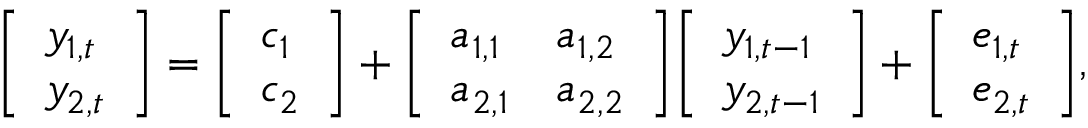
{ \left[ \begin{array} { l } { y _ { 1 , t } } \\ { y _ { 2 , t } } \end{array} \right] } = { \left[ \begin{array} { l } { c _ { 1 } } \\ { c _ { 2 } } \end{array} \right] } + { \left[ \begin{array} { l l } { a _ { 1 , 1 } } & { a _ { 1 , 2 } } \\ { a _ { 2 , 1 } } & { a _ { 2 , 2 } } \end{array} \right] } { \left[ \begin{array} { l } { y _ { 1 , t - 1 } } \\ { y _ { 2 , t - 1 } } \end{array} \right] } + { \left[ \begin{array} { l } { e _ { 1 , t } } \\ { e _ { 2 , t } } \end{array} \right] } ,